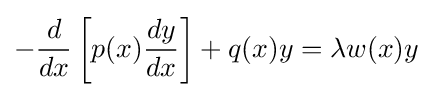
-{\frac {d}{dx}}\left[p(x){\frac {dy}{dx}}\right]+q(x)y=\lambda w(x)y